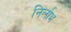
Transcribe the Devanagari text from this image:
निर्लाभ